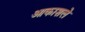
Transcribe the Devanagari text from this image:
आकाशले